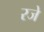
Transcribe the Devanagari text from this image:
रजे